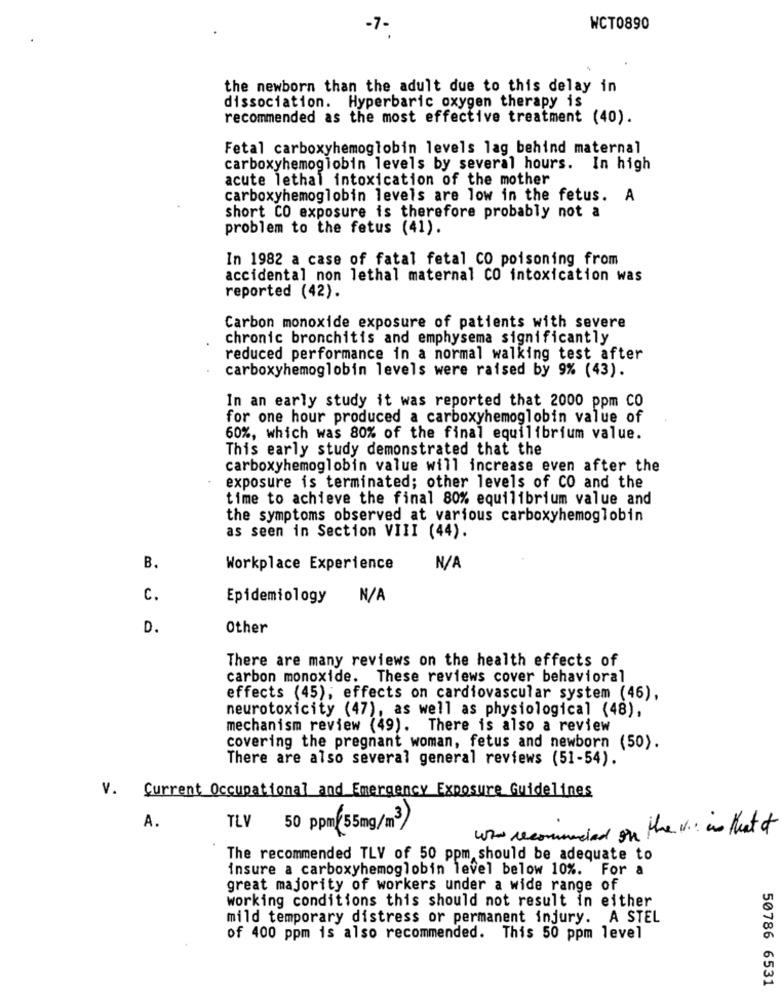
.7-
WCT0890
the newborn than the adult due to this delay in
dissociation. Hyperbaric oxygen therapy is
recommended as the most effective treatment (40).
Fetal carboxyhemoglobin levels lag behind maternal
carboxyhemoglobin levels by several hours. In high
acute lethal intoxication of the mother
carboxyhemoglobin levels are low in the fetus. A
short CO exposure is therefore probably not a
problem to the fetus (41).
In 1982 a case of fatal fetal CO poisoning from
accidental non lethal maternal CO intoxication was
reported (42).
Carbon monoxide exposure of patients with severe
chronic bronchitis and emphysema significantly
reduced performance in a normal walking test after
carboxyhemoglobin levels were raised by 9% (43).
In an early study it was reported that 2000 ppm CO
for one hour produced a carboxyhemoglobin value of
60%, which was 80% of the final equilibrium value.
This early study demonstrated that the
carboxyhemoglobin value will increase even after the
exposure is terminated; other levels of CO and the
time to achieve the final 80% equilibrium value and
the symptoms observed at various carboxyhemoglobin
as seen in Section VIII (44).
B.
Workplace Experience
C.
Epidemiology N/A
D.
Other
There are many reviews on the health effects of
carbon monoxide. These reviews cover behavioral
effects (45); effects on cardiovascular system (46),
neurotoxicity (47), as well as physiological (48),
mechanism review (49). There is also a review
covering the pregnant woman, fetus and newborn (50).
There are also several general reviews (51-54).
V. Current Occupational and Emergency Exposure Guidelines
A.
TLV
50 ppm(55mg/m3
who recommended on the v .: as that of
The recommended TLV of 50 ppm should be adequate to
insure a carboxyhemoglobin level below 10%. For a
great majority of workers under a wide range of
working conditions this should not result in either
mild temporary distress or permanent injury. A STEL
of 400 ppm is also recommended. This 50 ppm level
50786 6531